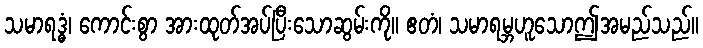
သမာရဒ္ဓံ၊ ကောင်းစွာ အားထုတ်အပ်ပြီးသောဆွမ်းကို။ ဧတံ၊ သမာရမ္ဘဟူသောဤအမည်သည်။